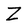
Character: Z